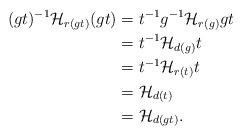
LaTeX: \begin{align*} (gt)^{-1}\mathcal{H}_{r(gt)}(gt) & =t^{-1}g^{-1}\mathcal{H}_{r(g)}gt \\ & =t^{-1}\mathcal{H}_{d(g)}t \\ & =t^{-1}\mathcal{H}_{r(t)}t \\ & =\mathcal{H}_{d(t)} \\ & =\mathcal{H}_{d(gt)}. \end{align*}